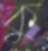
কু